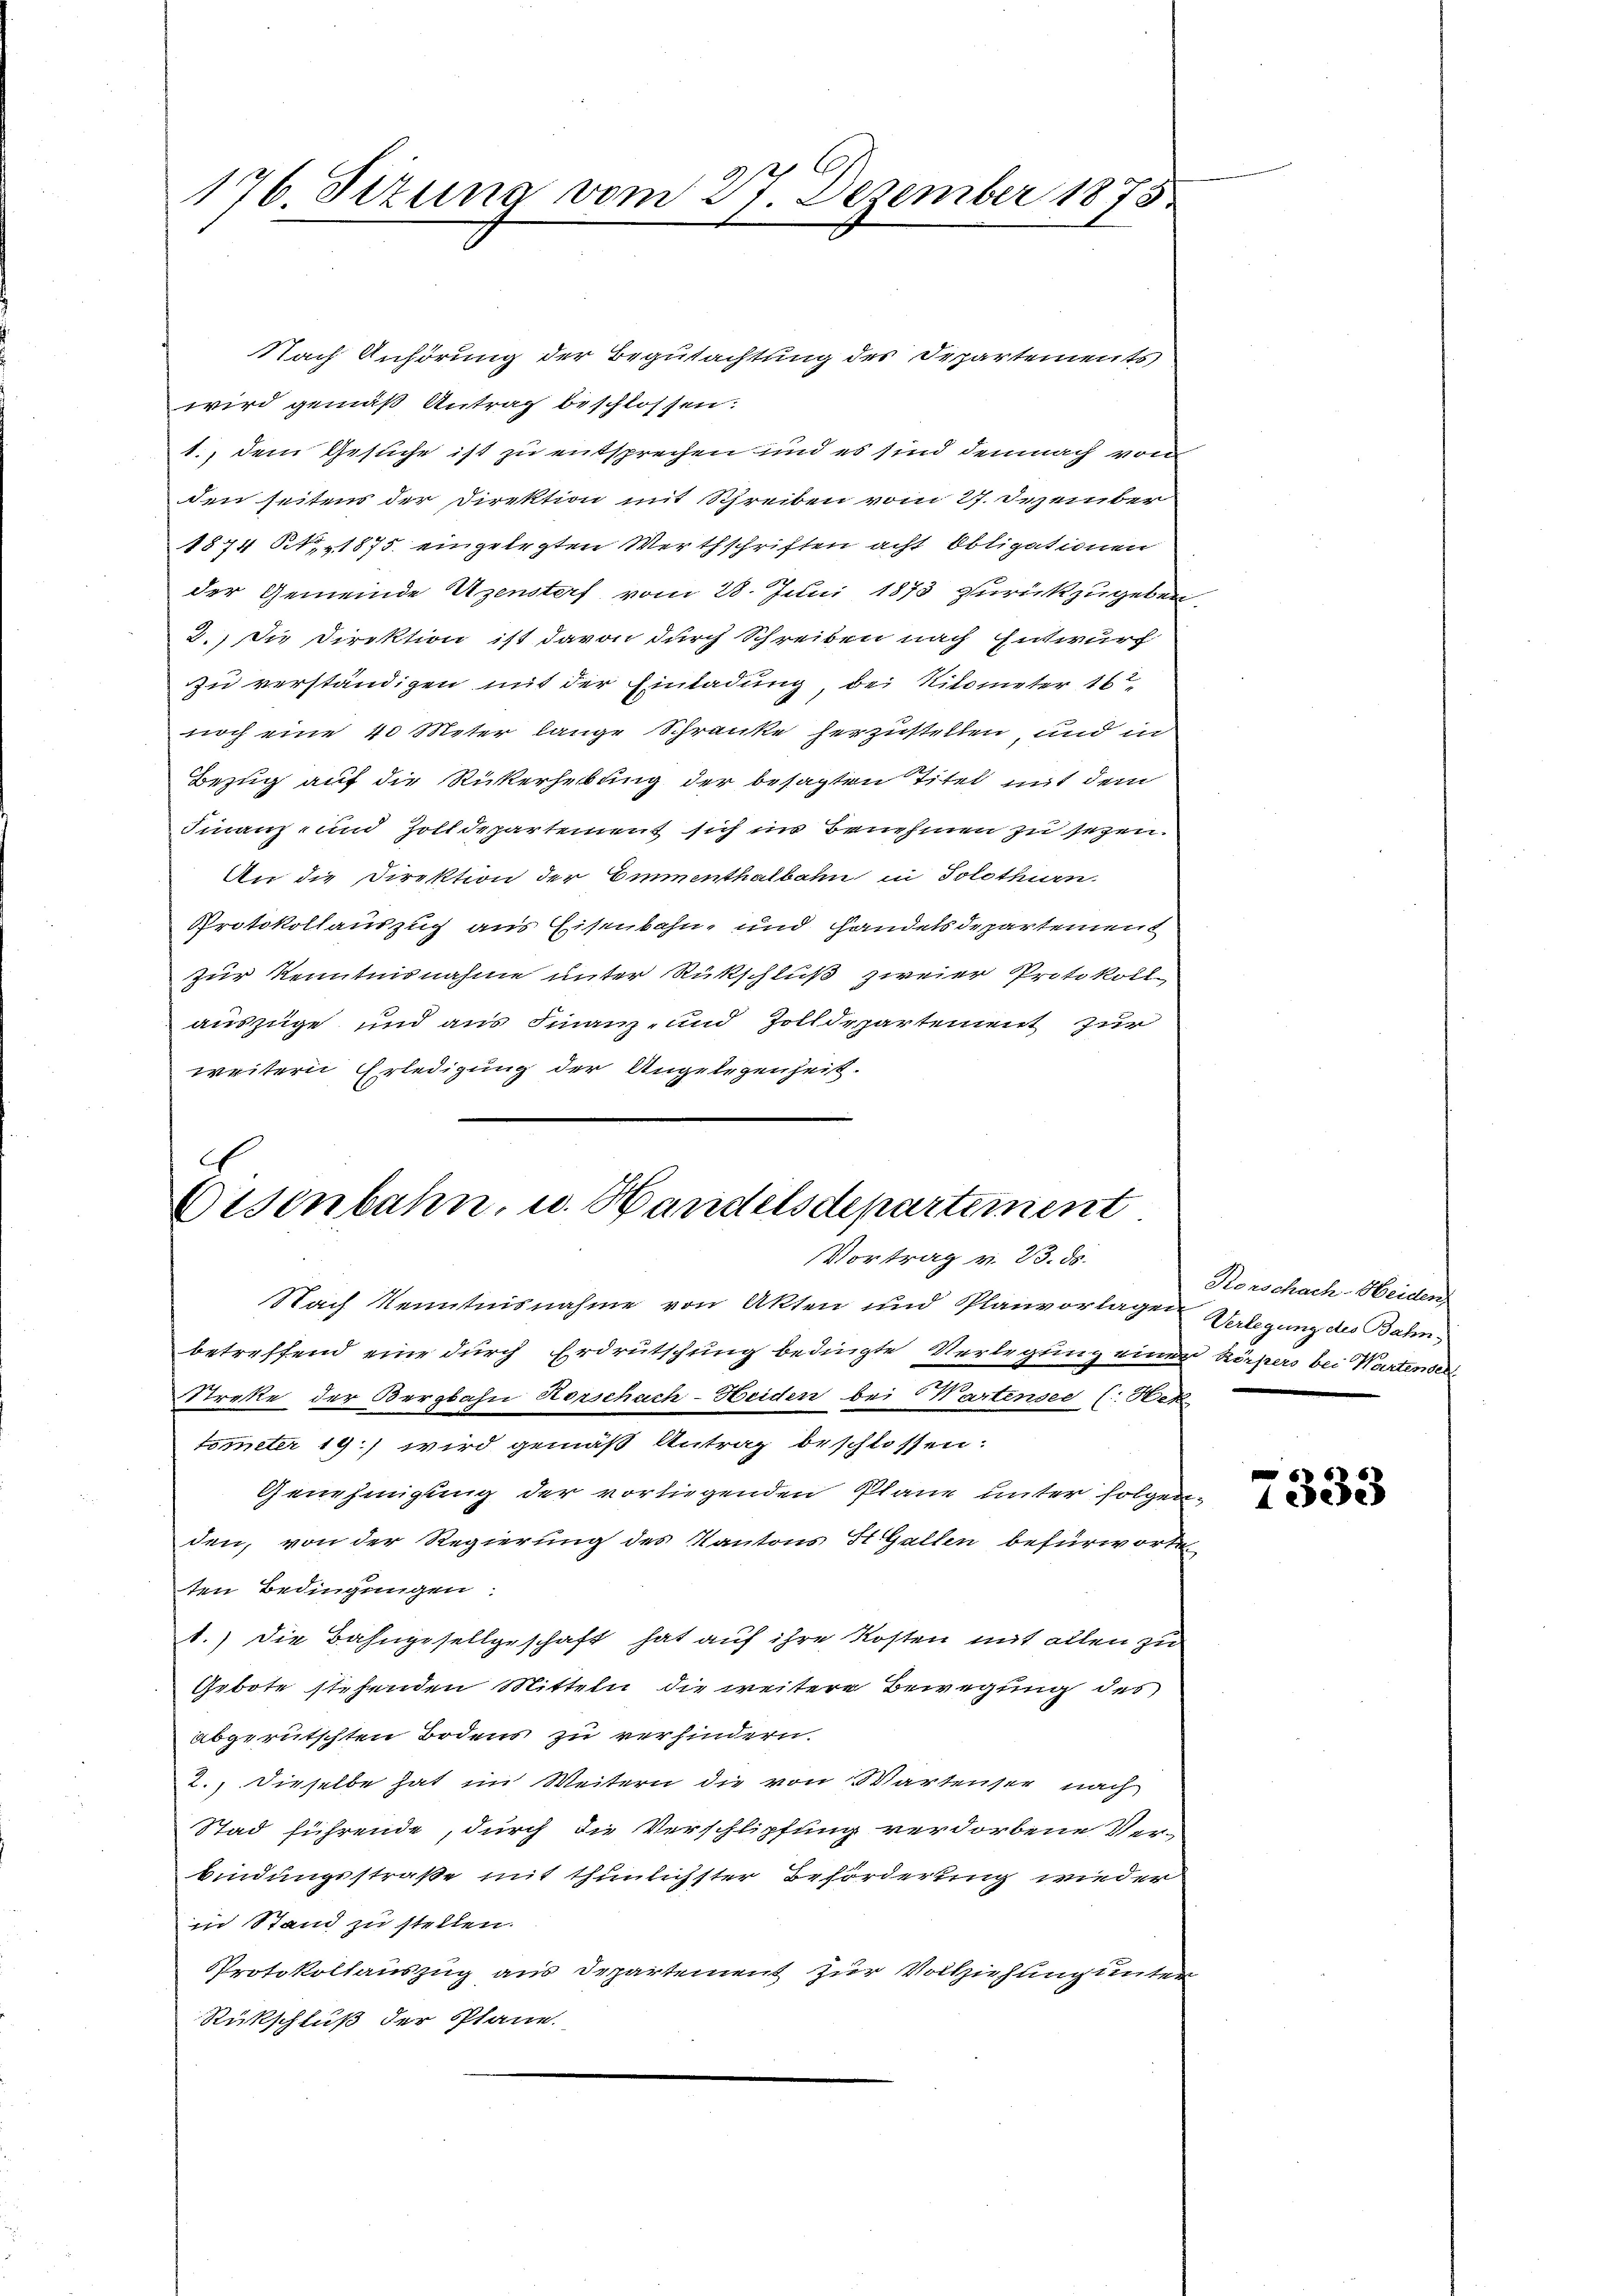
2
176. Sizung vom 27. Dezember 1873.

Nach Anhörung der Begutachtung des Separtements
wird gemäß Antrag beschlossen:
1., dem Gesuche ist zu entsprechen und es sind demnach von
den seitens der Direktion mit Schreiben vom 27. Dezember
1874 NNo. 1875 eingelegten Werthschriften acht Obligationen
der Gemeinde Uzenstorf vom 28. Juni 1873 zurükzugeben.
2.) Die Direktion ist davon durch Schreiben nach Entwurf
zu verständigen mit der Einladung, bei Kilometer 16
noch eine 40 Meter lange Schranke herzustellen, und in
Bezug auf die Rickerhebung der besagten Titel mit dem
Finanz- und Zolldepartement sich ins Benehmen zu sezen.
An die Direktion der Emmenthalbahn in Solothurn.
Protokollauszug aus Eisenbahn, und Handelsdepartement
zur Kenntnisnahme unter Rückschluß zweier Protokoll
auszüge und aus Finanz- und Zolldepartement zur
weitern Erledigung der Angelegenheit.

.
Eisenbahn, u. Handelsdepartement
Vortrag v. 23. ds.

Nach Kenntnisnahme von Akten und Planvorlagen Verlegung des Bahnbetreffend eine durch Erdrutschung bedingte Verlegung einer körpers bei Wartendert
Streke der Bergbahn Horschach-Heiden bei Wartensee (Hek
tueter 19.) wird gemäß Antrag beschlossen:
Genehmigung der vorliegenden Plane unter folgen,
den, von der Regierung des Kantons St. Gallen befürworte
ten Bedingungen
1.) Die Bahngesellgeschaft hat auf ihre Kosten mit allen zu
Gebote stehenden Mitteln die weitere Bewegung des
abgerutschten Bodens zu verhindern.
2.) Dieselbe hat im Weitern die von Wartensee nach
Stad führende, durch die Verschlipfung verdorbene Ver-
bindungsstraße mit thunlichster Beförderung wieder
in Stand zu stellen.
Protokollauszug aus Departement zur Vollziehung unter
Rückschluß der Plane.

Rorschach-Heiden

6
1333